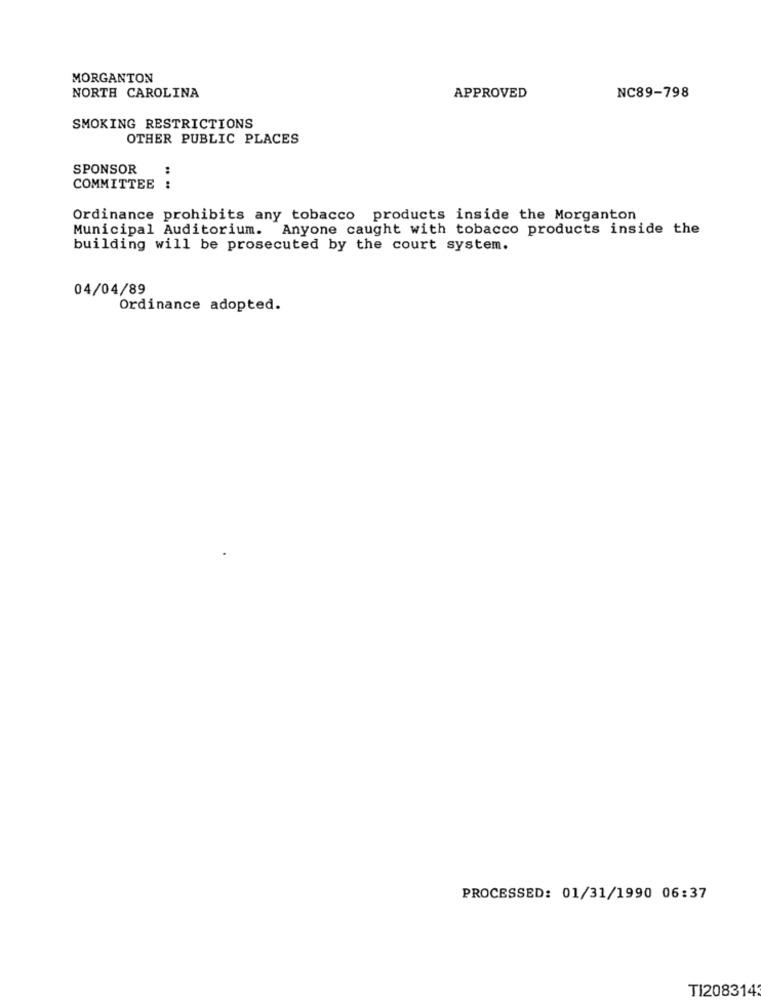
MORGANTON
NORTH CAROLINA
APPROVED
NC89-798
SMOKING RESTRICTIONS
OTHER PUBLIC PLACES
SPONSOR
:
COMMITTEE :
Ordinance prohibits any tobacco products inside the Morganton
Municipal Auditorium. Anyone caught with tobacco products inside the
building will be prosecuted by the court system.
04/04/89
Ordinance adopted.
PROCESSED: 01/31/1990 06:37
TI208314